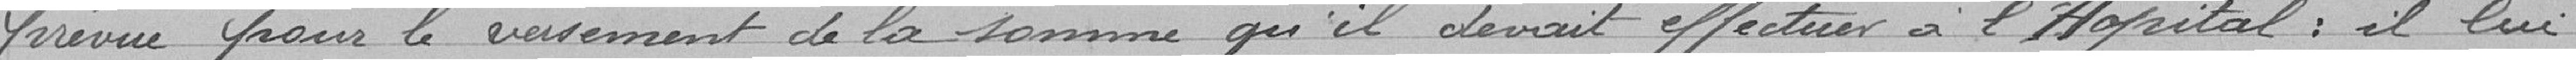
prévue pour le versement de la somme qu'il devait effectuer à l'Hôpital : il lui